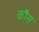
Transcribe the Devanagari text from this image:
कौंस